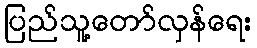
ပြည်သူ့တော်လှန်ရေး